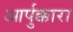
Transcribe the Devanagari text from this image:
आर्पुक्कारा